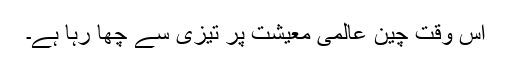
اس وقت چین عالمی معیشت پر تیزی سے چھا رہا ہے۔